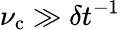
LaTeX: \nu_{\mathrm{c}}\gg\delta t^{-1}